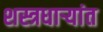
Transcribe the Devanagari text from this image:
शस्त्रधार्‍यांत